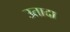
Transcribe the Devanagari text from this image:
उतादा